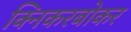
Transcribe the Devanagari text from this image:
क्निकरबोकर